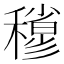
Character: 𥣀